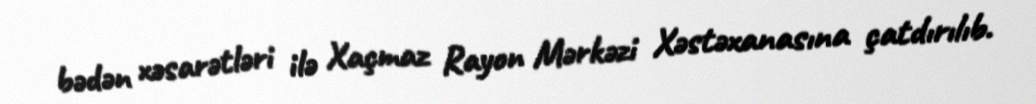
bədən xəsarətləri ilə Xaçmaz Rayon Mərkəzi Xəstəxanasına çatdırılıb.